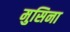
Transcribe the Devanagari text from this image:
मुसिना